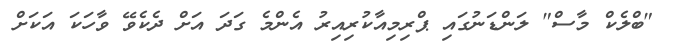
"ބްލެކް މާސް" ލަންޑަނުގައި ޕްރިމިއާކުރިއިރު އެންމެ ގަދަ އަށް ދެކެވޭ ވާހަކަ އަކަށް